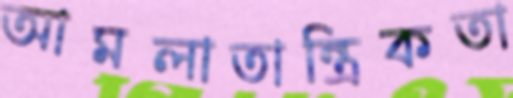
আমলাতান্ত্রিকতা